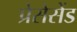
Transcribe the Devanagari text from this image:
प्रेसेसेंड